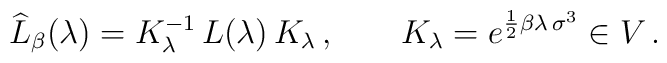
\widehat{L}_\beta (\lambda) =  K_\lambda^{-1} \,  L(\lambda) \, K_\lambda \,, \qquad K_\lambda = e^{\frac 12 \beta \lambda \, \sigma^3} \in V \,.